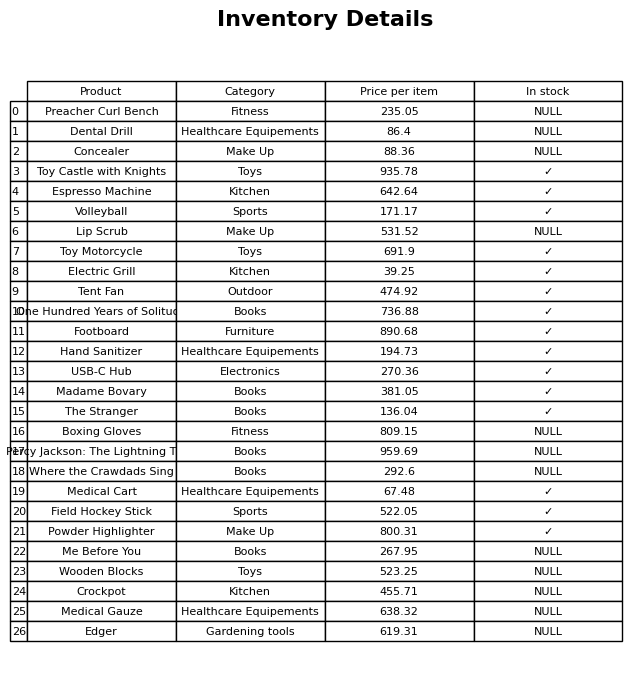
question: What is the stock status of the Espresso Machine?
answer: ✓